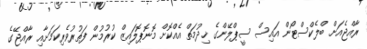
ރާއްޖެއަށް ބްލެކްސްޓޯން އައިސް ސީޕްލޭންގެ ޚިދުމަތް އެއްކޮށް މޮނޮޕޮލައިޒް ކުރުމުން ފަތުރުވެރިކަމަށާއި ރާއްޖޭގެ